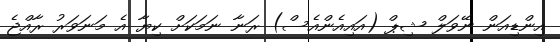
އިންޑިއަން ނޭވަލް ޝިޕް (އައިއެންއެސް) ރަނާ ނަމަކަށް ކިޔާ އެ މަނަވަރު ރާއްޖެ